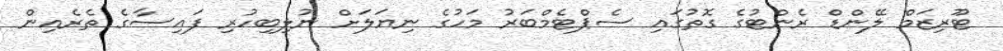
ޓޫރިޒަމް ލޭންޑް ރެންޓުގެ ގޮތުގައި ސެޕްޓެމްބަރު މަހުގެ ނިޔަލަށް ނުލިބިހުރި ފައިސާގެ ތެރެއިން